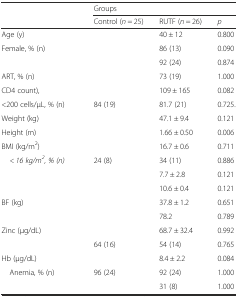
<table><thead><tr><td>[EMPTY_CELL]</td><td colspan="3"><b>Groups</b></td></tr><tr><td>[EMPTY_CELL]</td><td><b>Control (<i>n</i> = 25)</b></td><td><b>RUTF (<i>n</i> = 26)</b></td><td><b><i>p</i></b></td></tr></thead><tbody><tr><td>Age (y)</td><td>[EMPTY_CELL]</td><td>40 ± 12</td><td>0.800</td></tr><tr><td>Female, % (n)</td><td>[EMPTY_CELL]</td><td>86 (13)</td><td>0.090</td></tr><tr><td>[EMPTY_CELL]</td><td>[EMPTY_CELL]</td><td>92 (24)</td><td>0.874</td></tr><tr><td>ART, % (n)</td><td>[EMPTY_CELL]</td><td>73 (19)</td><td>1.000</td></tr><tr><td>CD4 count),</td><td>[EMPTY_CELL]</td><td>109 ± 165</td><td>0.082</td></tr><tr><td>&lt;200 cells/μL, % (n)</td><td>84 (19)</td><td>81.7 (21)</td><td>0.725.</td></tr><tr><td>Weight (kg)</td><td>[EMPTY_CELL]</td><td>47.1 ± 9.4</td><td>0.121</td></tr><tr><td>Height (m)</td><td>[EMPTY_CELL]</td><td>1.66 ± 0.50</td><td>0.006</td></tr><tr><td>BMI (kg/m<sup>2</sup>)</td><td>[EMPTY_CELL]</td><td>16.7 ± 0.6</td><td>0.711</td></tr><tr><td> <i>&lt; 16 kg/m</i><sup><i>2</i></sup><i>, % (n)</i></td><td>24 (8)</td><td>34 (11)</td><td>0.886</td></tr><tr><td>[EMPTY_CELL]</td><td>[EMPTY_CELL]</td><td>7.7 ± 2.8</td><td>0.121</td></tr><tr><td>[EMPTY_CELL]</td><td>[EMPTY_CELL]</td><td>10.6 ± 0.4</td><td>0.121</td></tr><tr><td>BF (kg)</td><td>[EMPTY_CELL]</td><td>37.8 ± 1.2</td><td>0.651</td></tr><tr><td>[EMPTY_CELL]</td><td>[EMPTY_CELL]</td><td>78.2</td><td>0.789</td></tr><tr><td>Zinc (μg/dL)</td><td>[EMPTY_CELL]</td><td>68.7 ± 32.4</td><td>0.992</td></tr><tr><td>[EMPTY_CELL]</td><td>64 (16)</td><td>54 (14)</td><td>0.765</td></tr><tr><td>Hb (μg/dL)</td><td>[EMPTY_CELL]</td><td>8.4 ± 2.2</td><td>0.084</td></tr><tr><td> Anemia, % (n)</td><td>96 (24)</td><td>92 (24)</td><td>1.000</td></tr><tr><td>[EMPTY_CELL]</td><td>[EMPTY_CELL]</td><td>31 (8)</td><td>1.000</td></tr></tbody></table>